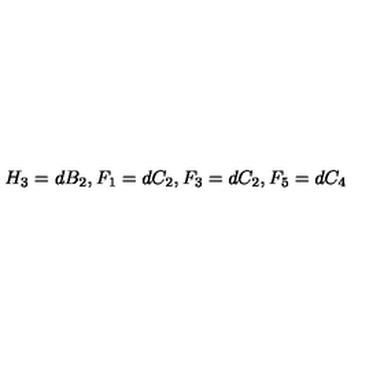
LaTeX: H _ { 3 } = d B _ { 2 } , F _ { 1 } = d C _ { 2 } , F _ { 3 } = d C _ { 2 } , F _ { 5 } = d C _ { 4 }